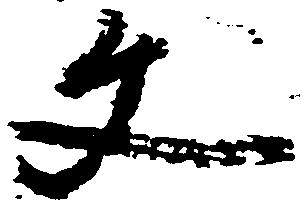
文